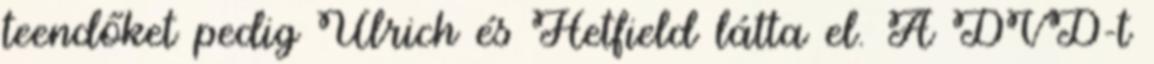
teendőket pedig Ulrich és Hetfield látta el. A DVD-t